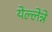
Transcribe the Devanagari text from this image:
येल्लेन्ने